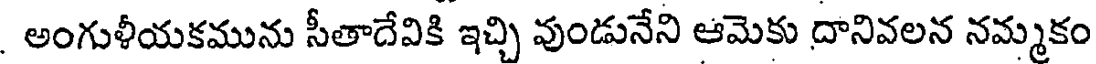
అంగుళీయకమును సీతాదేవికి ఇచ్చి వుండునేని ఆమెకు దానివలన నమ్మకం